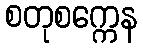
စတုစက္ကေန